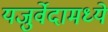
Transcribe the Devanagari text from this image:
यजुर्वेदामध्ये